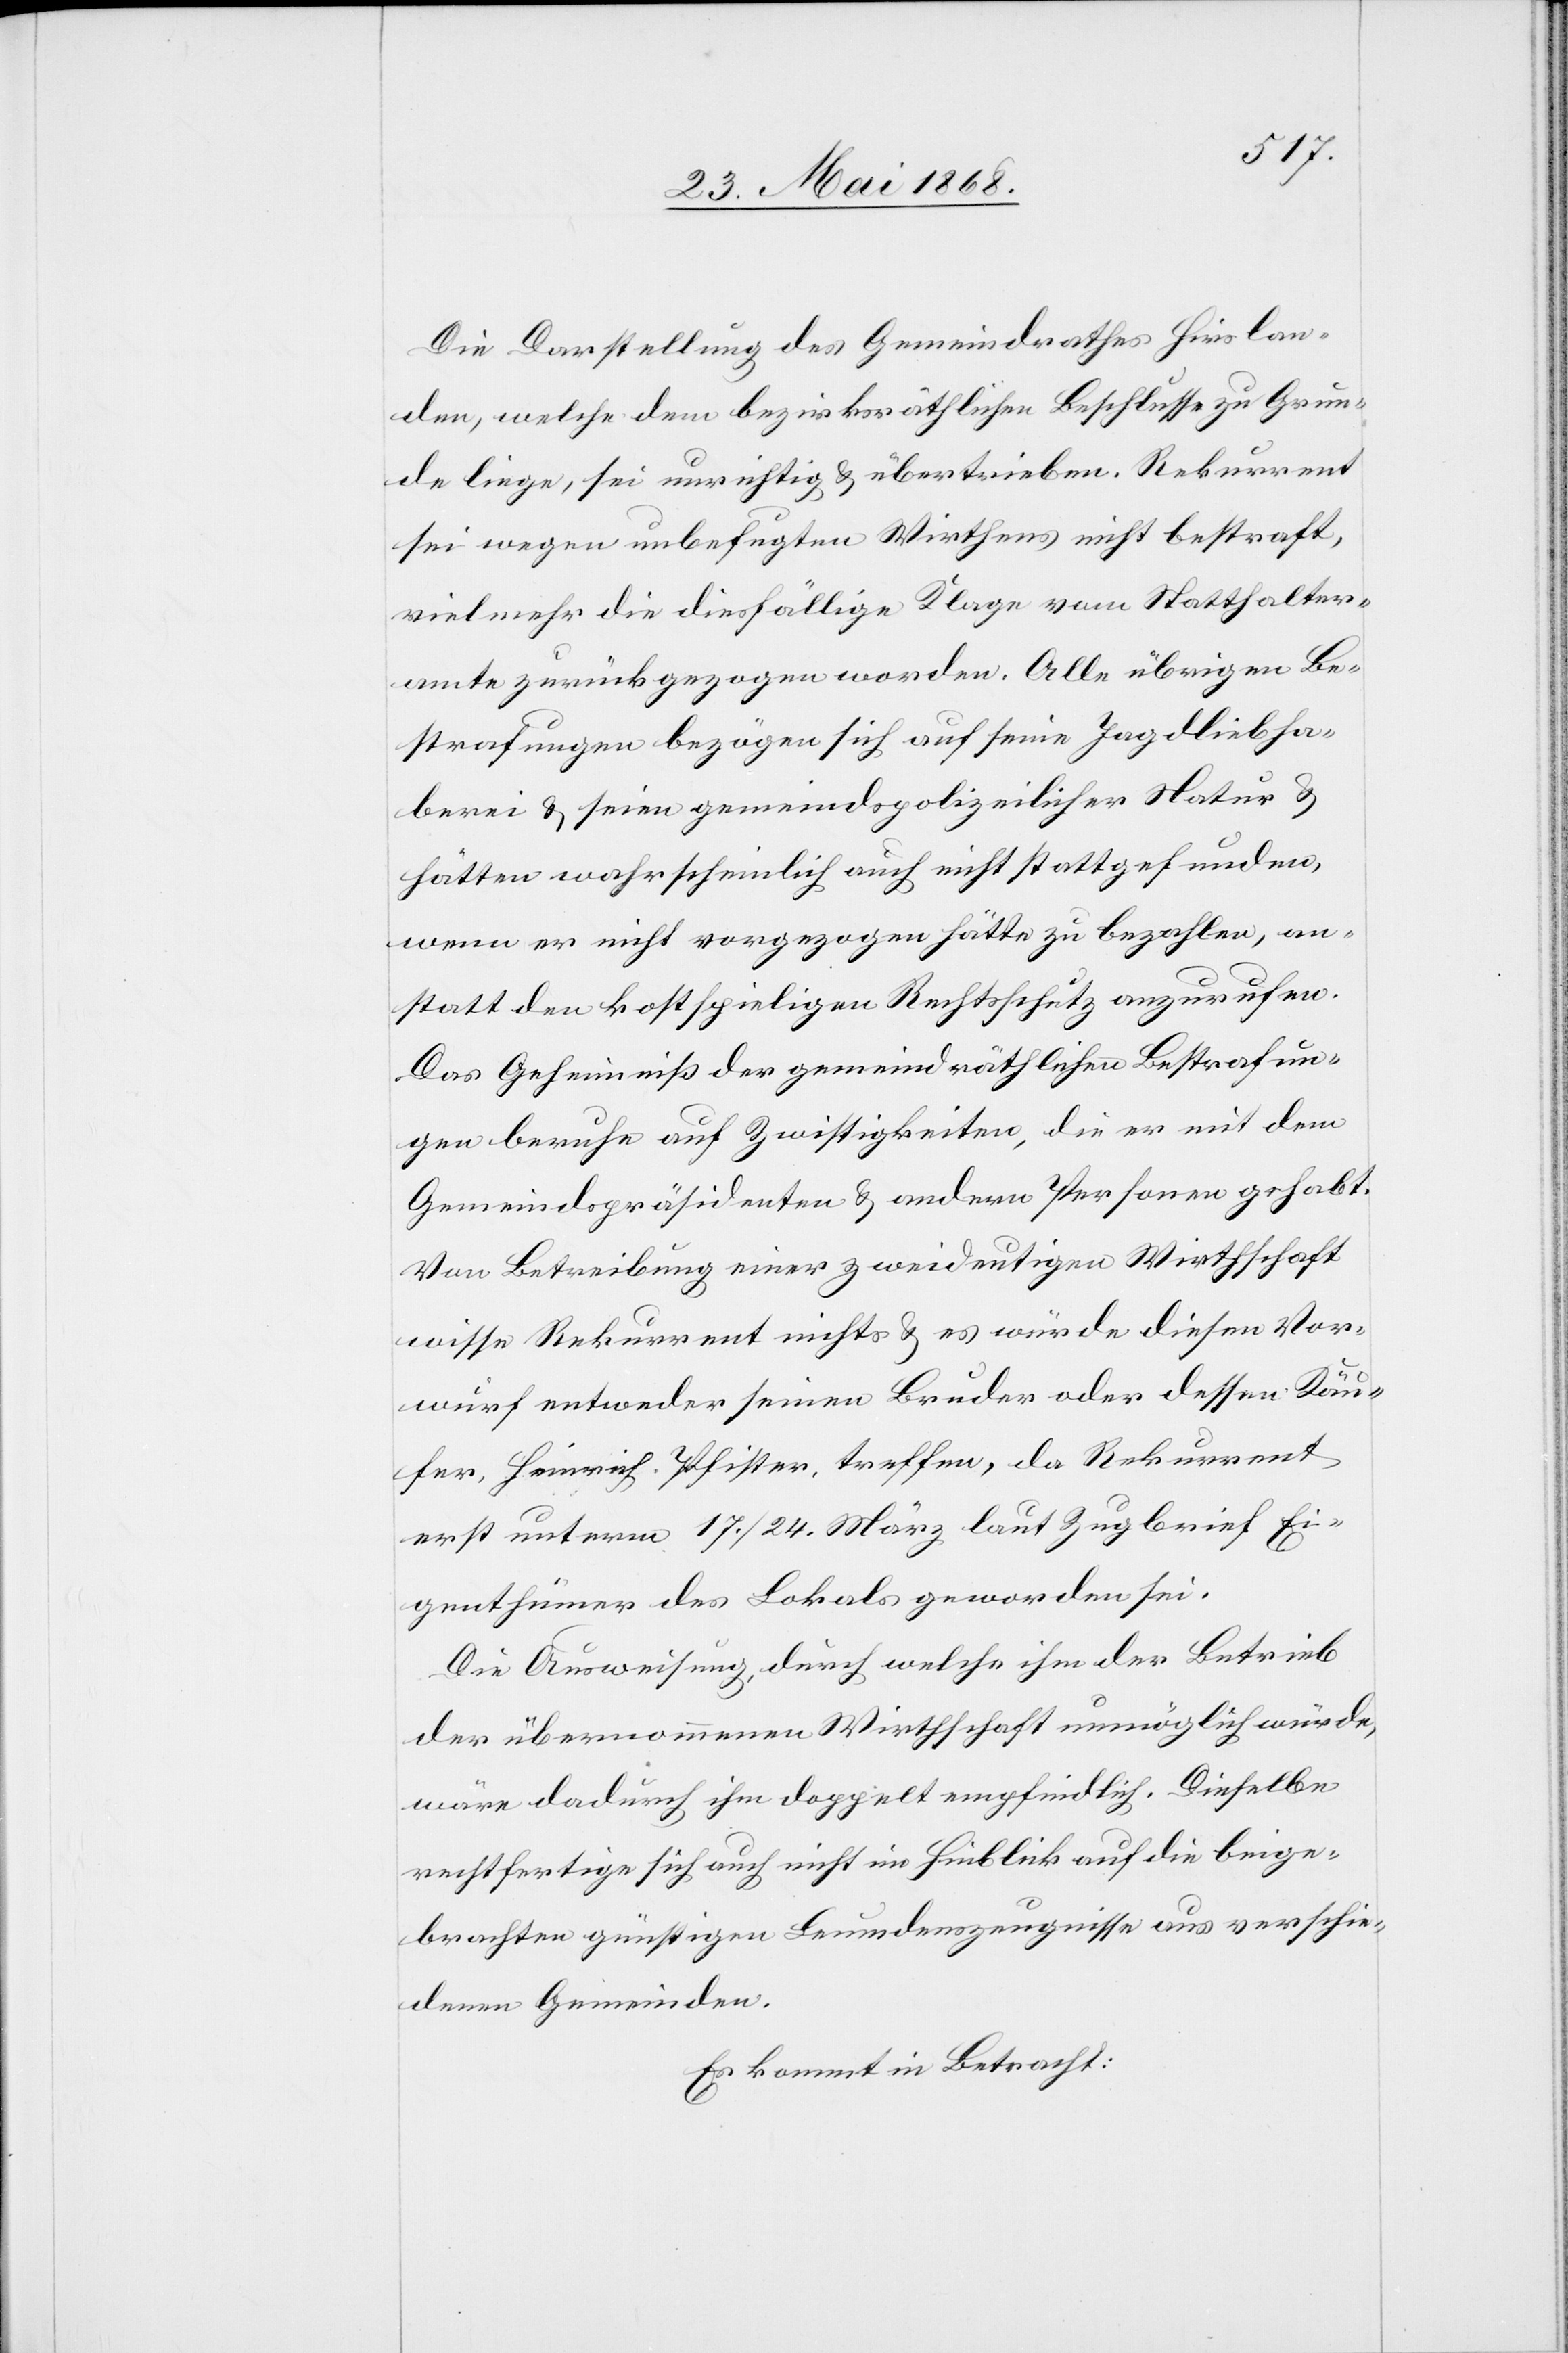
Die Darstellung des Gemeindrathes Hirslan¬
den, welche dem bezirksräthlichen Beschlusse zu Grun¬
de liege, sei unrichtig & übertrieben. Rekurrent
sei wegen unbefugten Wirthens nicht bestraft,
vielmehr die diesfällige Klage vom Statthalter¬
amte zurückgezogen worden. Alle übrigen Be¬
strafungen bezögen sich auf seine Jagdliebha¬
berei & seien gemeindspolizeilicher Natur &
hätten wahrscheinlich auch nicht stattgefunden,
wenn er nicht vorgezogen hätte zu bezahlen, an¬
statt den kostspieligen Rechtsschutz anzurufen.
Das Geheimniß der gemeindräthlichen Bestrafun¬
gen beruhe auf Zwistigkeiten, die er mit dem
Gemeindspräsidenten & andern Personen gehabt.
Von Betreibung einer zweideutigen Wirthschaft
wisse Rekurrent nichts & es würde diesen Vor¬
wurf entweder seinen Bruder oder dessen Käu¬
fer, Heinrich Pfister, treffen, da Rekurrent
erst unterm 17. / 24. März laut Zugbrief Ei¬
genthümer des Lokals geworden sei.
Die Ausweisung, durch welche ihm der Betrieb
der übernommenen Wirthschaft unmöglich würde,
wäre dadurch ihm doppelt empfindlich. Dieselbe
rechtfertige sich auch nicht im Hinblick auf die beige¬
brachten günstigen Leumdenszeugnisse aus verschie¬
denen Gemeinden.
Es kommt in Betracht: